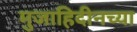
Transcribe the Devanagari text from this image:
मुजाहिदीनच्या